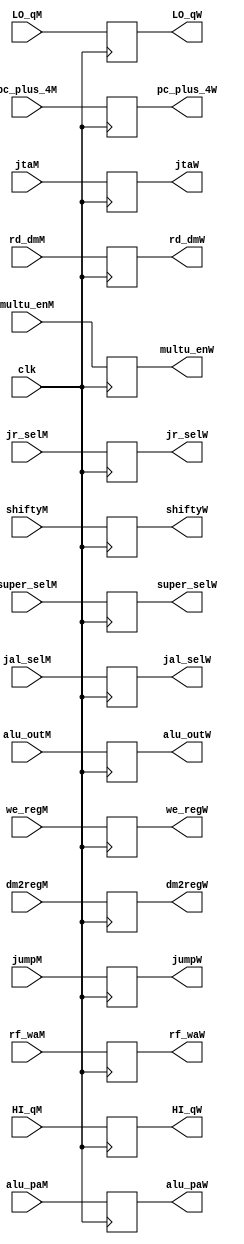
module MEM_stage(
        input wire clk,
        input wire multu_enM,
        input wire jr_selM,
        input wire [1:0] super_selM,
        input wire dm2regM,
        input wire jumpM,
        input wire jal_selM,
        input wire we_regM,
        input wire [31:0] pc_plus_4M,
        input wire [31:0] alu_paM,
        input wire [63:0] alu_outM,
        input wire [31:0] rd_dmM,
        input wire [31:0] shiftyM,
        input wire [31:0] jtaM,
        input wire [4:0] rf_waM,
        input wire [31:0] HI_qM,
        input wire [31:0] LO_qM, 
        
        output reg multu_enW,
        output reg jr_selW,
        output reg [1:0] super_selW,
        output reg dm2regW,
        output reg jumpW,
        output reg jal_selW,
        output reg we_regW,
        output reg [31:0] pc_plus_4W,
        output reg [31:0] alu_paW,
        output reg [63:0] alu_outW,
        output reg [31:0] rd_dmW,
        output reg [31:0] shiftyW,
        output reg [31:0] jtaW,
        output reg [4:0] rf_waW,
        output reg [31:0] HI_qW,
        output reg [31:0] LO_qW
    );
    
    always@(posedge clk)
    begin
     //Control signals
           multu_enW <= multu_enM;
           jr_selW <= jr_selM;
           super_selW <= super_selM;
           dm2regW <= dm2regM;
           jumpW <= jumpM;
           jal_selW <= jal_selM;
           we_regW <= we_regM;
           
      //DP signals
           pc_plus_4W <= pc_plus_4M;
           alu_paW <= alu_paM;
           alu_outW <= alu_outM;
           rd_dmW <= rd_dmM;
           shiftyW <= shiftyM;
           jtaW <= jtaM;
           rf_waW <= rf_waM;
           HI_qW <= HI_qM;
           LO_qW <= LO_qM;           
           
    end
    
endmodule